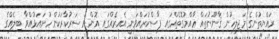
ރައްޔިތުންގެ މަޖިލީހުން ޤާނޫނުތައް ޢާއްމުގޮތެއްގައި ފާސްކުރައްވަނީ އެެއިރެއްގައި އޮންނަ ސަރުކާރަކުން ހުށައަޅުއްވާ ބިލެއްގެ